Scottish Leaving Certificate Examination, 1953
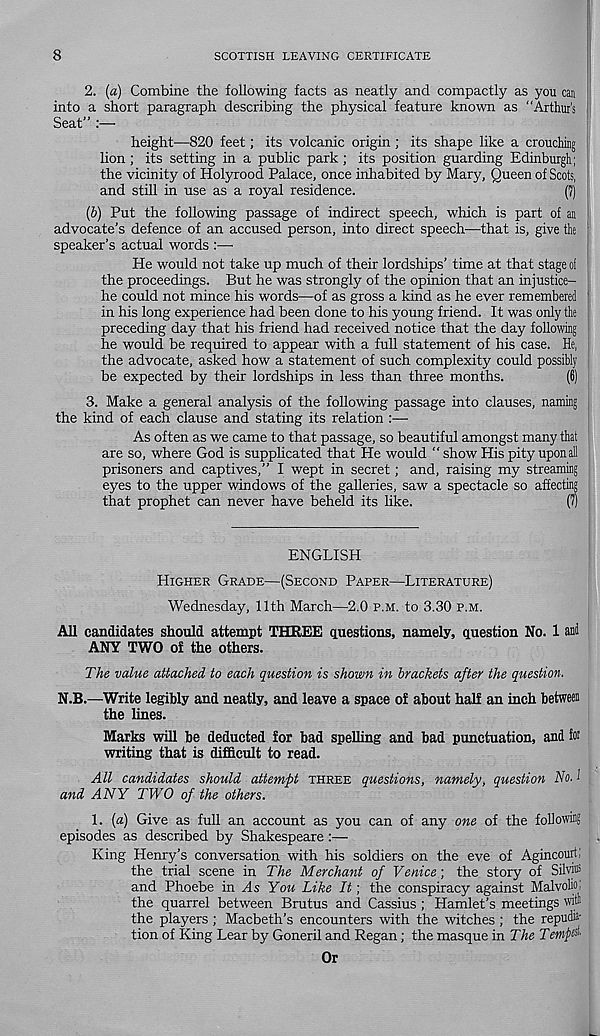
8
SCOTTISH LEAVING CERTIFICATE
2. (a) Combine the following facts as neatly and compactly as you can
into a short paragraph describing the physical feature known as “Arthur's i
Seat” :—
height—820 feet; its volcanic origin ; its shape like a crouching
lion ; its setting in a public park; its position guarding Edinburgh;
the vicinity of Holyrood Palace, once inhabited by Mary, Queen of Scots,
and still in use as a royal residence.
(?)
(b) Put the following passage of indirect speech, which is part of an
advocate’s defence of an accused person, into direct speech—that is, give the
speaker’s actual words :—
He would not take up much of their lordships’ time at that stage of
the proceedings. But he was strongly of the opinion that an injustice-
he could not mince his words—of as gross a kind as he ever remembered '
in his long experience had been done to his young friend. It was only the
preceding day that his friend had received notice that the day following
he would be required to appear with a full statement of his case. He,
the advocate, asked how a statement of such complexity could possibly
be expected by their lordships in less than three months.
(6)
3. Make a general analysis of the following passage into clauses, naming
the kind of each clause and stating its relation :—
As often as we came to that passage, so beautiful amongst many that
are so, where God is supplicated that He would “ show His pity uponall
prisoners and captives,” I wept in secret; and, raising my streaming
eyes to the upper windows of the galleries, saw a spectacle so affecting
that prophet can never have beheld its like.
(7)
ENGLISH
HIGHER GRADE—(SECOND PAPER—LITERATURE)
Wednesday, 11th March—2.0 P.M. to 3.30 P.M.
All candidates should attempt THREE questions, namely, question No. 1 ani
ANY TWO of the others.
The value attached to each question is shown in brackets after the question.
N.B.—Write legibly and neatly, and leave a space of about half an inch betweei
the lines.
Marks will be deducted for bad spelling and bad punctuation, and foi
writing that is difficult to read.
All candidates should attempt THREE questions, namely, question No. i
and ANY TWO of the others.
1. [a) Give as full an account as you can of any one of the followias
episodes as described by Shakespeare :—
King Henry’s conversation with his soldiers on the eve of Agincourt;
the trial scene in The Merchant of Venice; the story of Silvio 5
and Phoebe in .ds You Like It; the conspiracy against Malvoliol
the quarrel between Brutus and Cassius ; Hamlet’s meetings witi
the players ; Macbeth’s encounters with the witches ; the repudia-
tion of King Lear by Goneril and Regan; the masque in The Temp^
Or